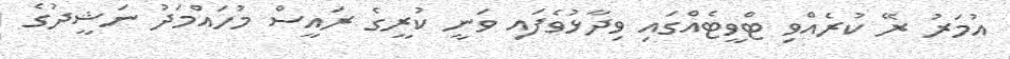
އުމަރު ރޭ ކުރެއްވި ޓްވީޓެއްގައި ވިދާޅުވެފައި ވަނީ ކުރީގެ ރައީސް މުހައްމަދު ނަޝީދުގެ